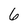
Character: 6